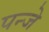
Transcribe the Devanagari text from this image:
पन्जे